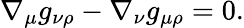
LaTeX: \nabla_{\mu}g_{\nu\rho}-\nabla_{\nu}g_{\mu\rho}=0.